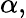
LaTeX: \alpha,